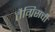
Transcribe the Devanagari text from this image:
तैग्रिसची